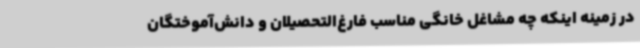
در زمینه اینکه چه مشاغل خانگی مناسب فارغ‌التحصیلان و دانش‌آموختگان